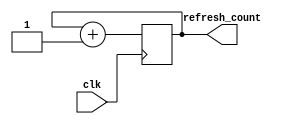
`timescale 1ns / 1ps
//////////////////////////////////////////////////////////////////////////////////
// Company: 
// Engineer: 
// 
// Design Name: 
// Module Name:    refresh_counter 
// Project Name: 
// Target Devices: 
// Tool versions: 
// Description: 
//
// Dependencies: 
//
// Revision: 
// Revision 0.01 - File Created
// Additional Comments: 
//
//////////////////////////////////////////////////////////////////////////////////
module refresh_counter(
    input clk,
	 output reg [1:0]refresh_count=0
	 );

always@(posedge clk) refresh_count<=refresh_count+1;

endmodule